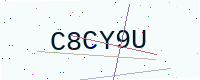
Text: C8CY9U